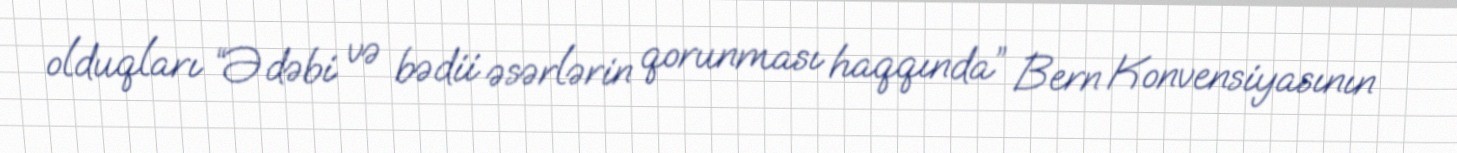
olduqları “Ədəbi və bədii əsərlərin qorunması haqqında” Bern Konvensiyasının